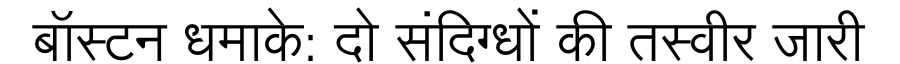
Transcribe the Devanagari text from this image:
बॉस्टन धमाके: दो संदिग्धों की तस्वीर जारी